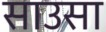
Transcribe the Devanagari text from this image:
साउसा